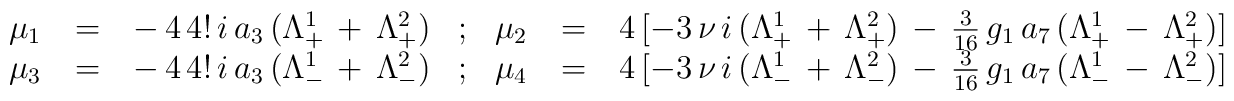
\begin{array}{rclcrcl}\mu_{1} \, & = & \, - \, 4 \, 4! \, i \, a_3 \, (\Lambda^{1}_{+} \, + \, \Lambda^{2}_{+})&;&\mu_{2} \, & = & \, 4 \, [- 3 \, \nu \, i \, (\Lambda^{1}_{+} \, + \, \Lambda^{2}_{+}) \, - \, \frac{3}{16} \, g_1 \, a_7 \, (\Lambda^{1}_{+} \, - \, \Lambda^{2}_{+})] \\\mu_{3} \, & = & \, - \, 4 \, 4! \, i \, a_3 \, (\Lambda^{1}_{-} \, + \, \Lambda^{2}_{-})&;&\mu_{4} \, & = & \, 4 \, [- 3 \, \nu \, i \, (\Lambda^{1}_{-} \, + \, \Lambda^{2}_{-}) \, - \, \frac{3}{16} \, g_1 \, a_7 \, (\Lambda^{1}_{-} \, - \, \Lambda^{2}_{-})]\end{array}